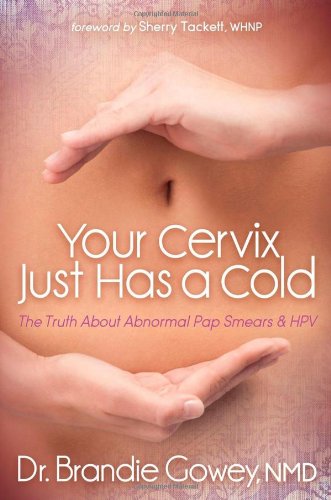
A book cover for Your Cervix Just Has a Cold: The Truth About Abnormal Pap Smears and HPV; Brandie Gowey; Health, Fitness & Dieting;